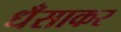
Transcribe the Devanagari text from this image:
धँसाकर